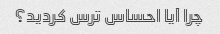
چرا آیا احساس ترس کردید؟